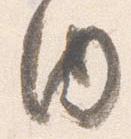
内